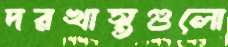
দরখাস্তগুলো